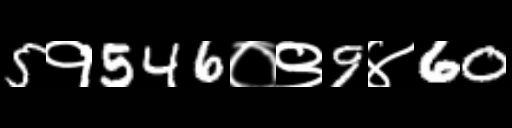
Text: 5१546०९9४60